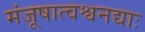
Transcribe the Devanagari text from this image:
मंजूषात्वश्वनद्याः